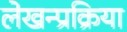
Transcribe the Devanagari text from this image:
लेखन्प्रक्रिया